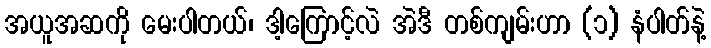
အယူအဆကို မေးပါတယ်၊ ဒါ့ကြောင့်လဲ အဲဒီ တစ်ကျမ်းဟာ (၁) နံပါတ်နဲ့